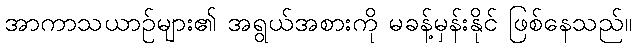
အာကာသယာဉ်များ၏ အရွယ်အစားကို မခန့်မှန်းနိုင် ဖြစ်နေသည်။